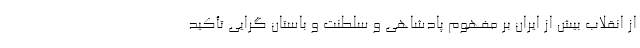
از انقلاب بیش از ایران بر مفهوم پادشاهی و سلطنت و باستان گرایی تأکید